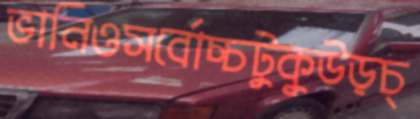
ভানিওসর্বোচ্চটুকুউড়চ্